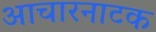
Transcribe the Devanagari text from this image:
आचारनाटक